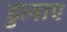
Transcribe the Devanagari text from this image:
डुलाए